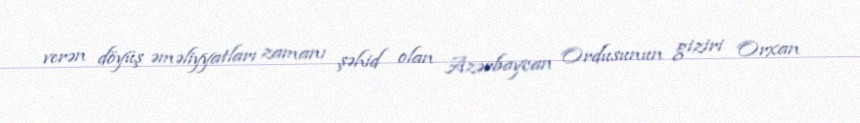
verən döyüş əməliyyatları zamanı şəhid olan Azərbaycan Ordusunun giziri Orxan